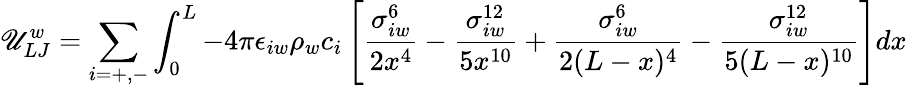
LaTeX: \mathscr{U}_{LJ}^{w}=\sum_{i=+,-}\int_{0}^{L}-4\pi\epsilon_{iw}\rho_{w}c_{i}\left[\frac{{\sigma_{iw}^{6}}}{{2x^{4}}}-\frac{{\sigma_{iw}^{12}}}{{5x^{10}}}+\frac{{\sigma_{iw}^{6}}}{{2(L-x)^{4}}}-\frac{{\sigma_{iw}^{12}}}{{5(L-x)^{10}}}\right]dx